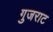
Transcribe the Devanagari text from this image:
गुजराट